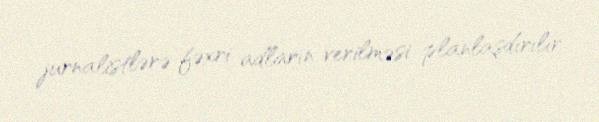
jurnalistlərə fəxri adların verilməsi planlaşdırılır.